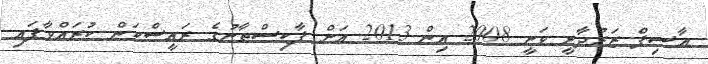
އާސިފް ޒަރުދާރީ ވަނީ 2008 އިން 2013 އަށް ޕާކިސްތާނުގެ ރައީސްކަން ކުރައްވާފައި